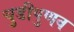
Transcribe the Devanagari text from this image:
चुडीपुणव